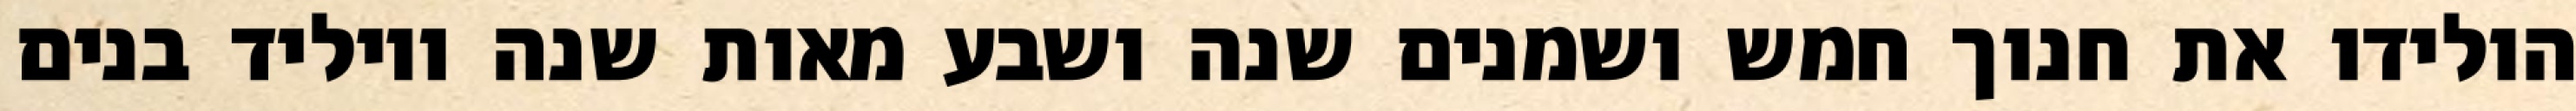
הולידו את חנוך חמש ושמנים שנה ושבע מאות שנה ויוליד בנים